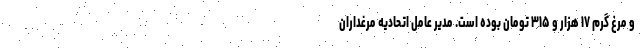
و مرغ گرم ۱۷ هزار و ۳۱۵ تومان بوده است. مدیر عامل اتحادیه مرغداران